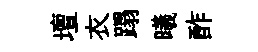
壇衣蹋曦酢